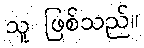
သူ ဖြစ်သည်။